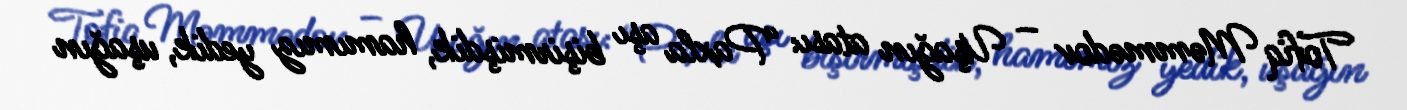
Tofiq Məmmədov – Uşağın atası: “Paxla aşı bişirmişdik, hamımız yedik, uşağın